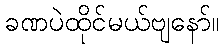
ခဏပဲထိုင်မယ်ဗျနော်။